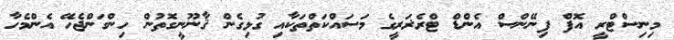
މިނިސްޓްރީ އޮފް ފިނޭންސް އެންޑް ޓްރެޜަރީގެ މަސައްކަތްތަކާއި ގުޅިގެން ޤާނޫނީގޮތުން ހިންގަންޖެހޭ އެންމެހާ